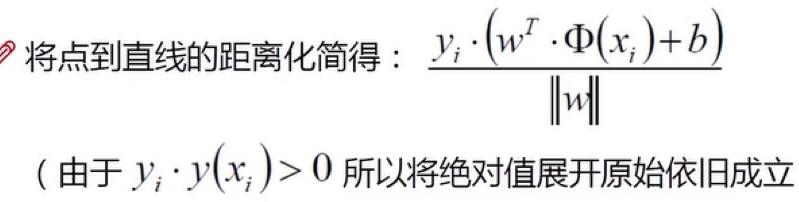
将点到直线的距离化简得：$\frac{y_i\cdot(w^T\cdot\Phi(x_i)+b)}{\|w\|}$\\
（由于$y_i\cdoty(x_i)>0$所以将绝对值展开原始依旧成立